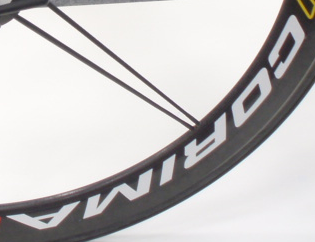
CORIMA